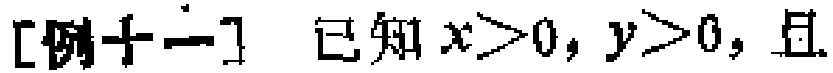
[例十一] 已知 \(x > 0, y > 0,\) 且